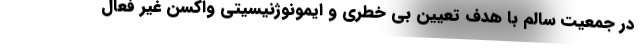
در جمعیت سالم با هدف تعیین بی خطری و ایمونوژنیسیتی واکسن غیر فعال